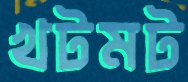
খটমট